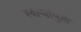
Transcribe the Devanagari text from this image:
स्वार्‍यांमुळे